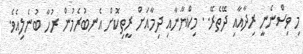
މި ވިސްނެނީ ރިދާއާއި ދޭތެރޭ.. މިކްޔާނާއި ދިމާއަށް ރީތިކޮށް އެނބުރެމުން ރުހާ ބުނެލިއެވެ.